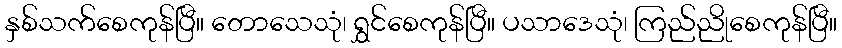
နှစ်သက်စေကုန်ပြီ။ တောသေသုံ၊ ရွှင်စေကုန်ပြီ။ ပသာဒေသုံ၊ ကြည်ညိုစေကုန်ပြီ။